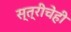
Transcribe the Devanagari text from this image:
स्त्रीचेही